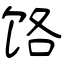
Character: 饹